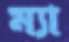
ম্যা